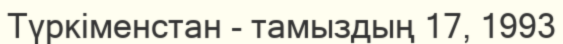
Түркіменстан - тамыздың 17, 1993